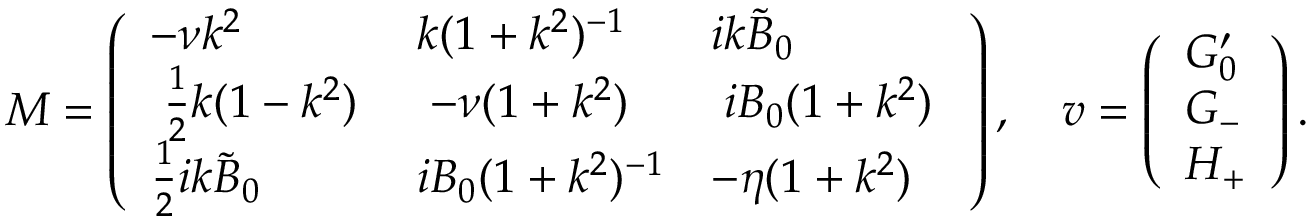
M = \left( \begin{array} { l l l } { - \nu k ^ { 2 } } & { k ( 1 + k ^ { 2 } ) ^ { - 1 } } & { i k \tilde { B } _ { 0 } } \\ { \; \frac { 1 } { 2 } k ( 1 - k ^ { 2 } ) \; } & { \; - \nu ( 1 + k ^ { 2 } ) \; } & { \; i B _ { 0 } ( 1 + k ^ { 2 } ) \; } \\ { \frac { 1 } { 2 } i k \tilde { B } _ { 0 } } & { i B _ { 0 } ( 1 + k ^ { 2 } ) ^ { - 1 } } & { - \eta ( 1 + k ^ { 2 } ) } \end{array} \right) , \quad \boldsymbol { v } = \left( \begin{array} { l } { G _ { 0 } ^ { \prime } } \\ { G _ { - } } \\ { H _ { + } } \end{array} \right) .